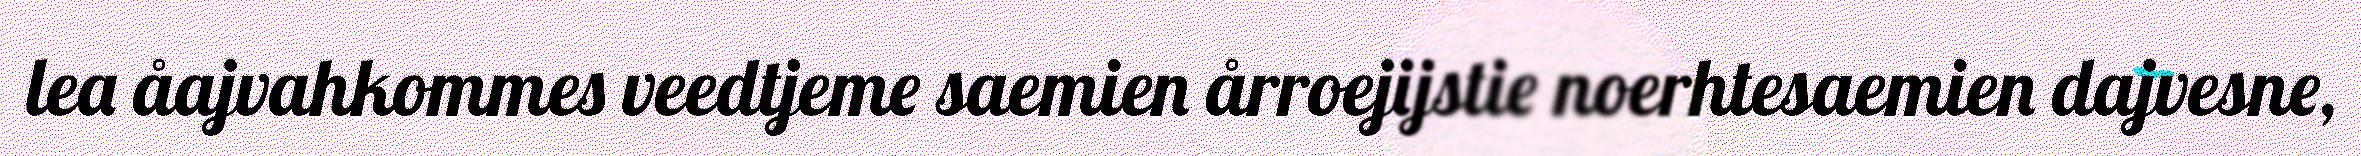
lea åajvahkommes veedtjeme saemien årroejijstie noerhtesaemien dajvesne,